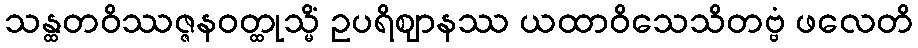
သန္ထတဝိဿဇ္ဇနဝတ္ထုသ္မိံ ဥပရိဈာနဿ ယထာဝိသေသိတဗ္ဗံ ဖလေတိ